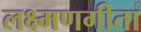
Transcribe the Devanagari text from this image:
लक्ष्मणगीता